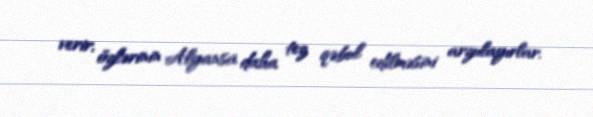
verir, özlərinin Alyansa daha tez qəbul edilməsini arzulayırlar.